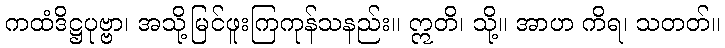
ကထံဒိဋ္ဌပုဗ္ဗာ၊ အသို့မြင်ဖူးကြကုန်သနည်း။ ဣတိ၊ သို့။ အာဟ ကိရ၊ သတတ်။